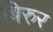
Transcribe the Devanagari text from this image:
बिरुर